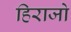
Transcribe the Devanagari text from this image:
हिराजो